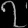
Digit: ၇